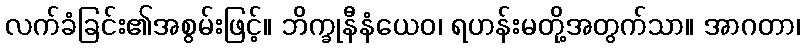
လက်ခံခြင်း၏အစွမ်းဖြင့်။ ဘိက္ခုနီနံယေဝ၊ ရဟန်းမတို့အတွက်သာ။ အာဂတာ၊